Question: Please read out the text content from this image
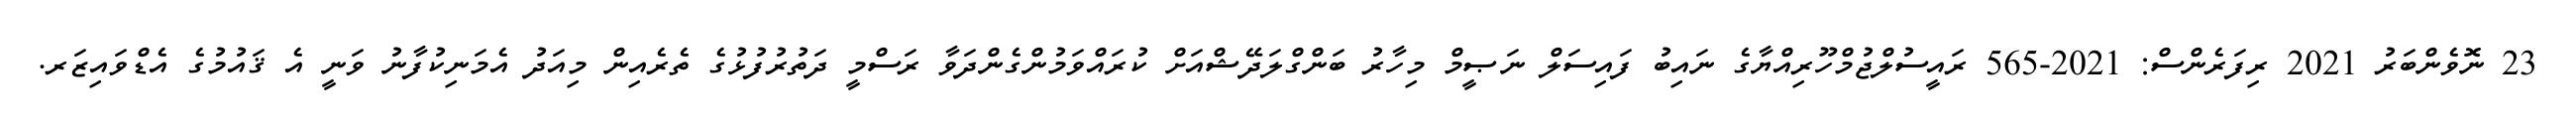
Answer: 23 ނޮވެންބަރު 2021 ރިފަރެންސް: 2021-565 ރައީސުލްޖުމްހޫރިއްޔާގެ ނައިބު ފައިސަލް ނަޞީމް މިހާރު ބަންގްލަދޭޝްއަށް ކުރައްވަމުންގެންދަވާ ރަސްމީ ދަތުރުފުޅުގެ ތެރެއިން މިއަދު އެމަނިކުފާނު ވަނީ އެ ޤައުމުގެ އެޑްވައިޒަރ.